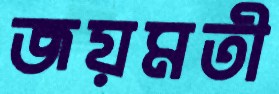
জয়মতী